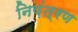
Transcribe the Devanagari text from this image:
निय़ंत्रण